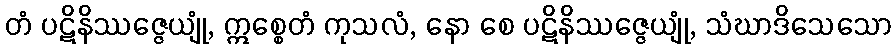
တံ ပဋိနိဿဇ္ဇေယျုံ, ဣစ္စေတံ ကုသလံ, နော စေ ပဋိနိဿဇ္ဇေယျုံ, သံဃာဒိသေသော